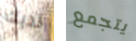
لديك يتجمع